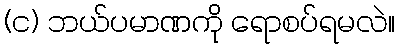
(င) ဘယ်ပမာဏကို ရောစပ်ရမလဲ။